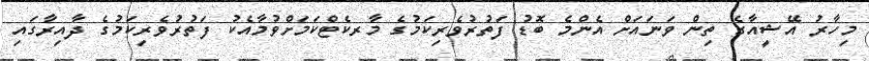
މިހާރު އޭޝީއާގެ ތިން ވަނައަށް އެންމެ ބޮޑު ފަތުރުވެރިކަމުގެ މާރކެޓްކަމަށްވުމާއެކު ފަތުރުވެރިކަމުގެ ދާއިރާގައި